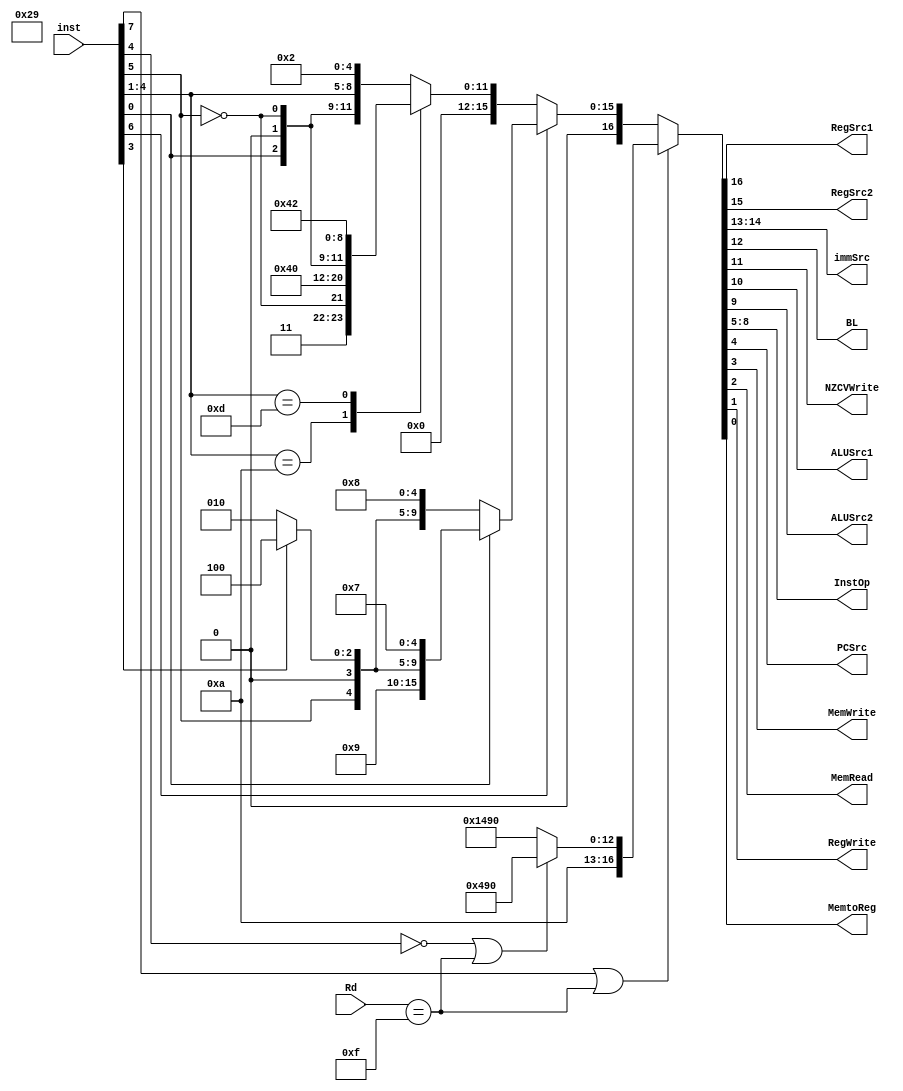
module newControlUnit(
   input [27:20] inst,
   input [15:12] Rd,
   
   // IDRF
   output RegSrc1,
   output RegSrc2,
   output [1:0]immSrc,
   output BL,
   
   // EXE
   output NZCVWrite,
   output ALUSrc1,
   output ALUSrc2,
   output [3:0] InstOp,
   output PCSrc,
   
   // MEM
   output MemWrite,
   output MemRead,
   
   // WB
   output RegWrite,
   output MemtoReg);
   
   reg [16:0] control;
   
   always @ (*) begin
      if(inst[27] || Rd == 4'b1111) begin //B, BL
         if(~inst[24] || Rd == 4'b1111) begin //B
            control = 17'b10100010010010000;
            // control = 17'b1010001001001xxxx;
         end
         else begin //BL
            control = 17'b10101010010010000;
            // control = 17'b1010101001001xxxx;
         end
      end
      
      else if(inst[26]) begin //LDR, STR
         if(~inst[20]) begin //STR
            control = {7'b0101001, inst[25], (inst[23] ? 4'b0100 : 4'b0010), 5'b01000};
            // control = {7'b0101001, inst[25], (inst[23] ? 4'b0100 : 4'b0010), 5'b010xx};
         end
         else begin //LDR
            control = {7'b0001001, inst[25], (inst[23] ? 4'b0100 : 4'b0010), 5'b00111};
         end
      end
      
      else // ALU
         case(inst[24:21])/*
            0 : //AND
            1 : //EOR
            2 : //SUB
            4 : //ADD
            5 : //ADC
            6 : //SBC
            12 : //ORR*/
            10 : begin //CMP
               control = {7'b0000011, ~inst[25], 9'b001000000};
               // control = {7'b0000011, ~inst[25], 9'b00100xxxx};
            end
            13 : begin //MOV
               control = {5'b00000, inst[20], 1'b0, ~inst[25], 9'b01000010};
               // control = {5'b00000, inst[20], 1'b0, ~inst[25], 9'b01000xx10};
            end
            default : begin //ALU
               control = {5'b00000, inst[20], 1'b0, ~inst[25], inst[24:21], 5'b00010};
               // control = {5'b00000, inst[20], 1'b0, ~inst[25], inst[24:21], 5'b0xx10};
            end
         endcase
   end
         assign {RegSrc1, RegSrc2, immSrc, BL, NZCVWrite, ALUSrc1, ALUSrc2, InstOp, PCSrc, MemWrite, MemRead, RegWrite, MemtoReg} = control;

endmodule
module newHazardUnit(
  // Data Hazard
  input [3:0] read1, // reg1[i_RegSrc1_D]
  input [3:0] read2, // reg2[i_RegSrc2_D]
  input o_RegWrite_E,
  input [3:0] o_WA3_E,
  input o_RegWrite_M,
  input [3:0] o_WA3_M,
  input o_RegWrite_W,
  input [3:0] o_WA3_W,
  input i_PCSrc_D,
  output dataHzrdDetected,
  output ctrlHzrdDetected,
  output stallIFID,
  output flushIFID,
  output flushIDEX);

   assign dataHzrdDetected = (o_RegWrite_E && (read1 == o_WA3_E || read2 == o_WA3_E)) ||
                            (o_RegWrite_M && (read1 == o_WA3_M || read2 == o_WA3_M)) ||
                            (o_RegWrite_W && (read1 == o_WA3_W || read2 == o_WA3_W));
   assign ctrlHzrdDetected = i_PCSrc_D;
   assign stallIFID = dataHzrdDetected;
   assign flushIFID = ctrlHzrdDetected;
   assign flushIDEX = ctrlHzrdDetected || dataHzrdDetected;

endmodule


module newConditionUnit(
  // decide to make this instruction valid or not
  // also, write flags if it is necessary
  // thus, this unit do two things : update flag, check the flag and condition 
  // only check the zero flag, since it works well without any other opcodes.

  input [31:28] condition,
  input [3:0] curFlags,
  input [3:0] ALUFlags,
  input flagWrite,

  output execute,
  output[3:0] outputFlags
);


	assign execute = (condition == 4'b1110) ? 1'b1 : ((condition[28] ^ curFlags[2]) ? 1'b1 : 1'b0);
	assign outputFlags = (execute && flagWrite) ? ALUFlags : curFlags;


endmodule